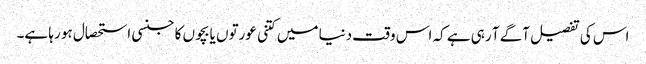
اس کی تفصیل آگے آ رہی ہے کہ اس وقت دنیا میں کتنی عورتوں یا بچوں کا جنسی استحصال ہو رہا ہے۔